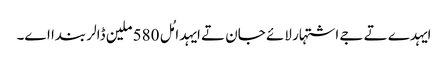
ایہدے تے جے اشتہار لائے جان تے ایہدا مُل 580 ملین ڈالر بندا اے۔